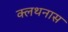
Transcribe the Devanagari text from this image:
क्लथनास